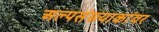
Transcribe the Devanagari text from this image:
अल्पसंख्याकांवर